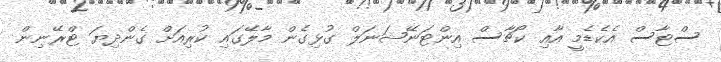
ސްޓާސް އެކެޑެމީ އާއި ކޯޗާސް އިންޓަނޭޝަނަލް ގުޅިގެން މާލޭގައި ކުރިއަށް ގެންދިޔަ ޓްރޭނިން